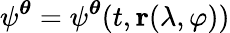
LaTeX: \psi^{\boldsymbol{\theta}}=\psi^{\boldsymbol{\theta}}(t,\mathbf{r}(\lambda,\varphi))